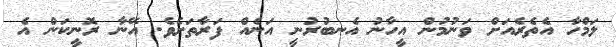
ލަމްހާ އެތެރެއަށް ވަނުމުން އީހާނު އެނބުރުނީ އަނެއް ފަރާތަށެވެ. އޭނާ ރޮނީކަން އެ